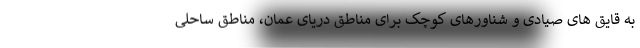
به قایق های صیادی و شناورهای کوچک برای مناطق دریای عمان، مناطق ساحلی